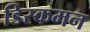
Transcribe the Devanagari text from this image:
डिस्कमन